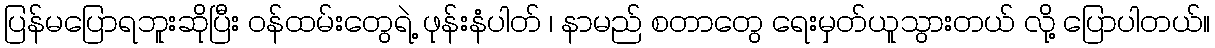
ပြန်မပြောရဘူးဆိုပြီး ဝန်ထမ်းတွေရဲ့ ဖုန်းနံပါတ် ၊ နာမည် စတာတွေ ရေးမှတ်ယူသွားတယ် လို့ ပြောပါတယ်။